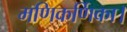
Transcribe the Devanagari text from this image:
मणिकर्णिका।